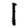
Digit: 1